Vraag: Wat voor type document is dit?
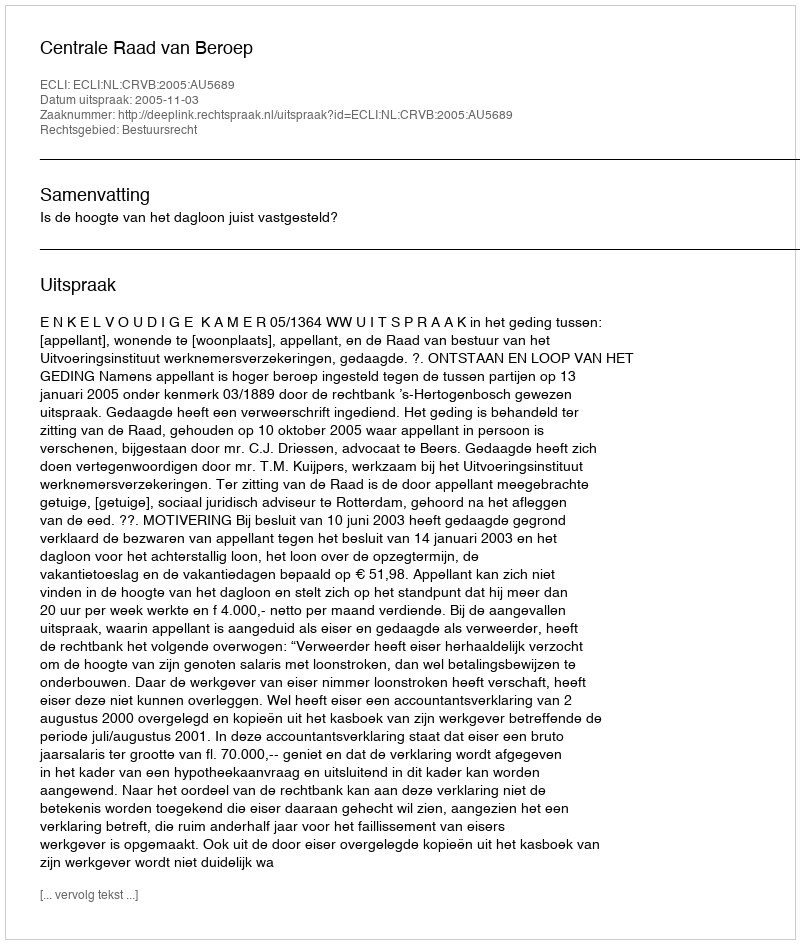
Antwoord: Uitspraak